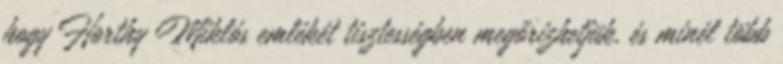
hogy Horthy Miklós emlékét tisztességben megőrizhetjük, és minél több